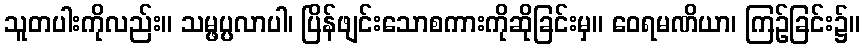
သူတပါးကိုလည်း။ သမ္ဖပ္ပလာပါ၊ ပြိန်ဖျင်းသောစကားကိုဆိုခြင်းမှ။ ဝေရမဏိယာ၊ ကြဉ်ခြင်း၌။